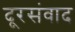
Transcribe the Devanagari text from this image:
दूरसंवाद